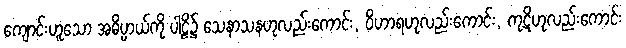
ကျောင်းဟူသော အဓိပ္ပာယ်ကို ပါဠိ၌ သေနာသနဟုလည်းကောင်း, ဝိဟာရဟုလည်းကောင်း, ကုဋိဟုလည်းကောင်း